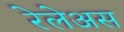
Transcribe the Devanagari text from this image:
रेलेअस